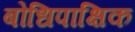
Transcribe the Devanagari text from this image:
बोधिपाक्षिक